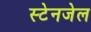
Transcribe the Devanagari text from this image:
स्टेनजेल